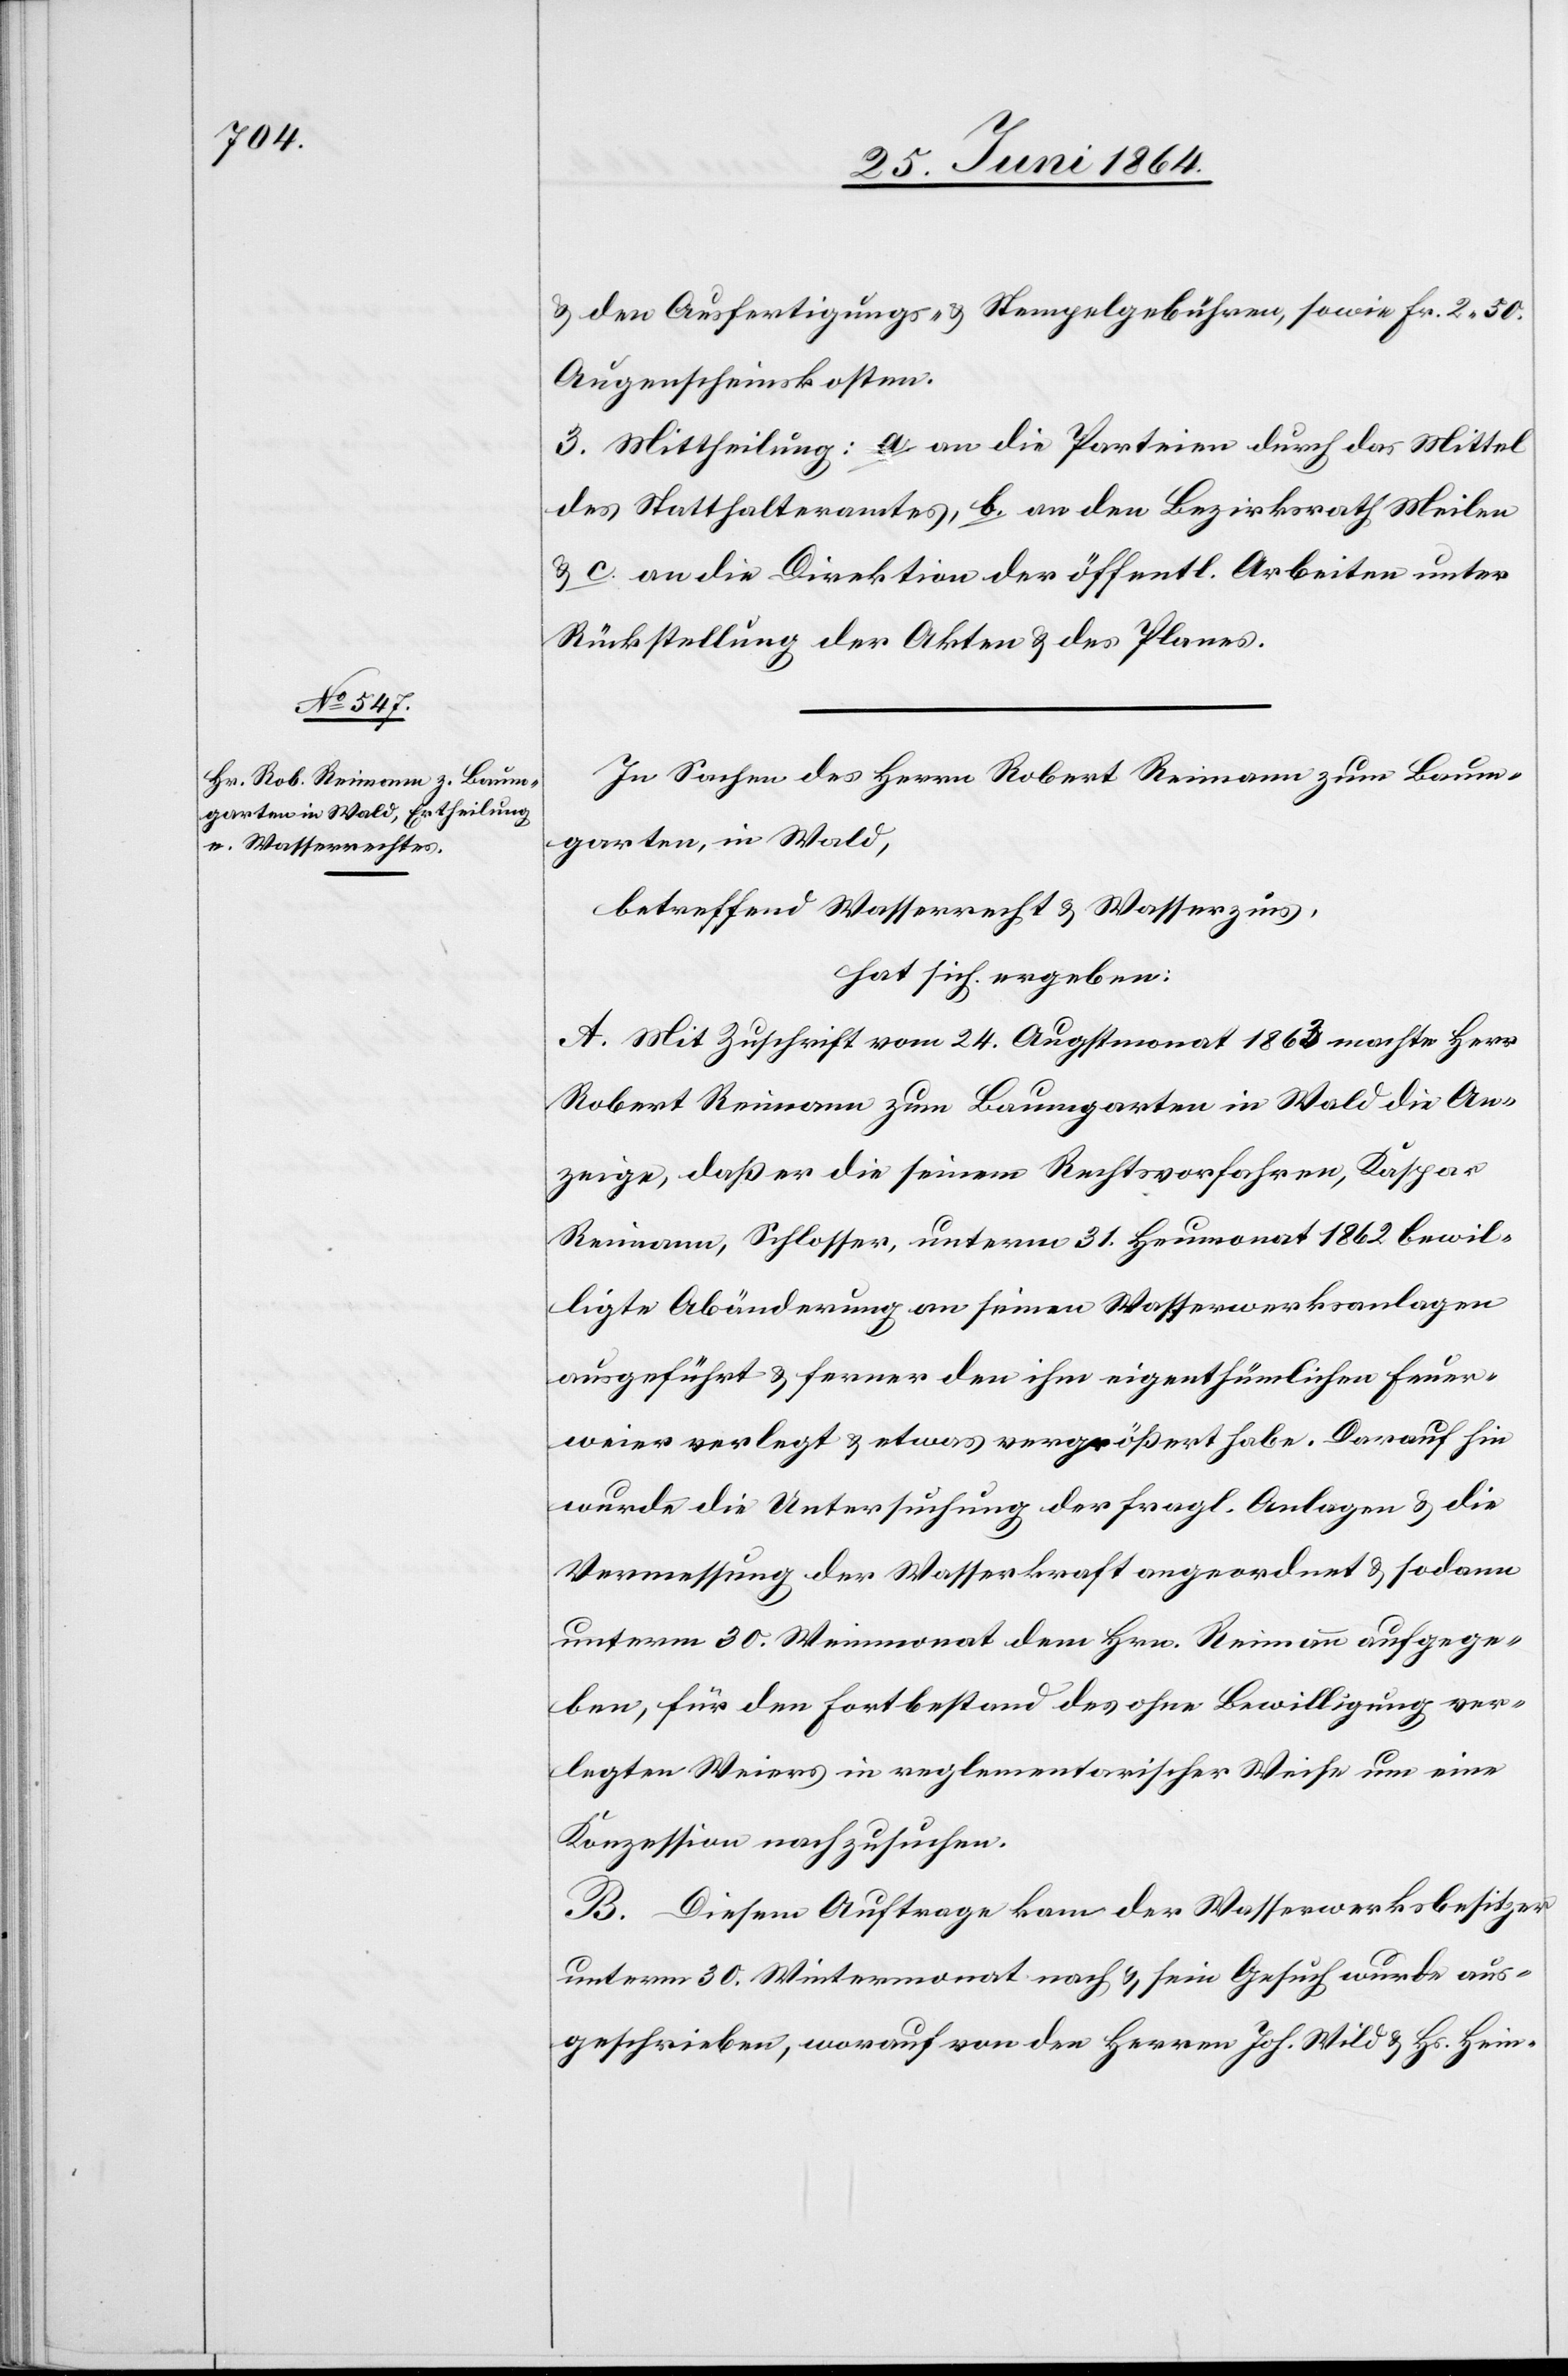
u. den Ausfertigungs- u. Stempelgebühren, sowie Fr. 2 50
Augenscheinskosten.
3. Mittheilung: a. an die Parteien durch das Mittel
des Statthalteramtes, b. an den Bezirksrath Meilen
u c. an die Direktion der öffentl. Arbeiten unter
Rückstellung der Akten u. des Planes.
In Sachen des Herrn Robert Reimann zum Baum¬
garten, in Wald,
betreffend Wasserrecht u. Wasserzins,
hat sich ergeben:
A. Mit Zuschrift vom 24. Augstmonat 1863 machte Herr
Robert Reimann zum Baumgarten in Wald die An¬
zeige, daß er die seinem Rechtsvorfahren, Kaspar
Reimann, Schlosser, unterm 31. Heumonat 1862 bewil¬
ligte Abänderung an seinen Wasserwerksanlagen
ausgeführt u. ferner den ihm eigenthümlichen Feuer¬
weier verlegt u. etwas vergrößert habe. Darauf hin
wurde die Untersuchung der fragl. Anlagen u. die
Vermessung der Wasserkraft angeordnet u. sodann
unterm 30. Weinmonat dem Hrn. Reimann aufgege¬
ben, für den Fortbestand des ohne Bewilligung ver¬
legten Weiers in reglementarischer Weise um eine
Konzession nachzusuchen.
B. Diesem Auftrage kam der Wasserwerksbesitzer
unterm 30. Wintermonat nach u. sein Gesuch wurde aus¬
geschrieben, worauf von den Herren Joh. Wild u. Hs. Hein-